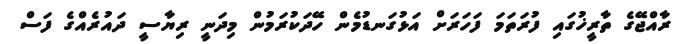
ރާއްޖޭގެ ތާރީޚުގައި ފުރަތަމަ ފަހަރަށް އަޅުގަނޑުމެން ހޭދަކުރަމުން މިދަނީ ރިޔާސީ ދައުރެއްގެ ފަސް